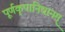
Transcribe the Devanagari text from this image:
पूर्णकृपानिधानम्